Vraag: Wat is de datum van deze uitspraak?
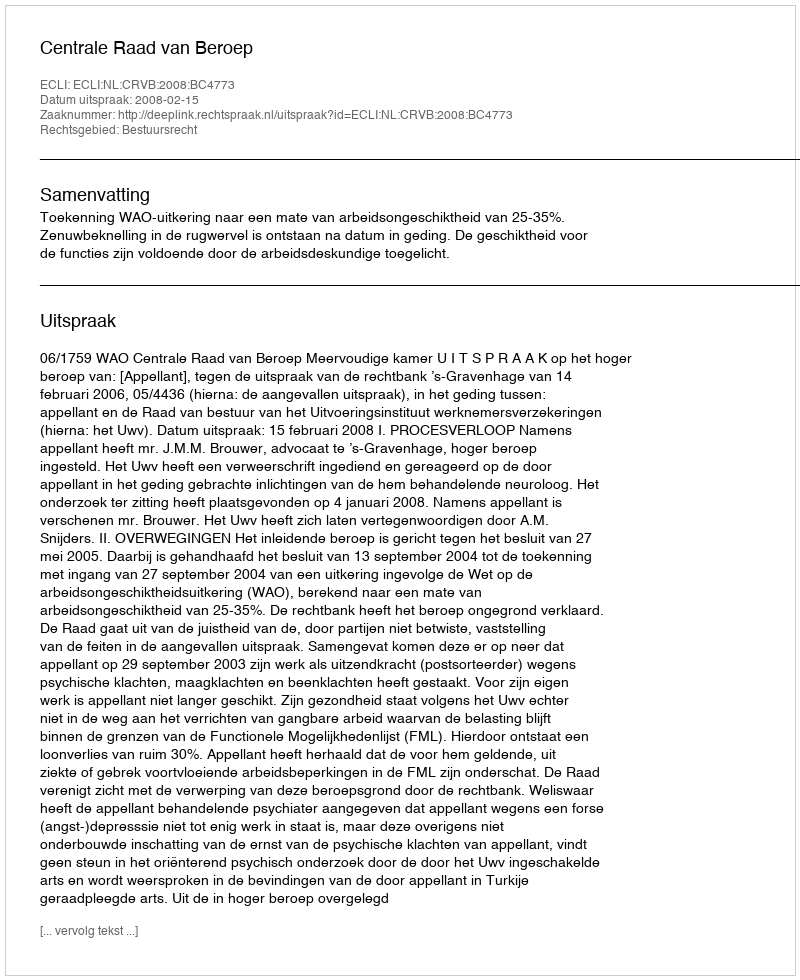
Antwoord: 2008-02-15